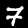
Digit: 7